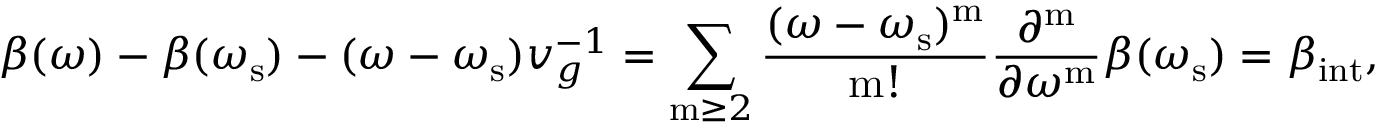
\beta ( \omega ) - \beta ( \omega _ { \mathrm { s } } ) - ( \omega - \omega _ { \mathrm { s } } ) v _ { g } ^ { - 1 } = \sum _ { \mathrm { m } \ge 2 } \frac { ( \omega - \omega _ { \mathrm { s } } ) ^ { \mathrm { m } } } { \mathrm { m } ! } \frac { { \partial ^ { \mathrm { m } } } } { \partial { \omega ^ { \mathrm { m } } } } \beta ( \omega _ { \mathrm { s } } ) = \beta _ { \mathrm { i n t } } ,